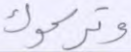
وتركوك